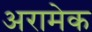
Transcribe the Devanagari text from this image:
अरामेक